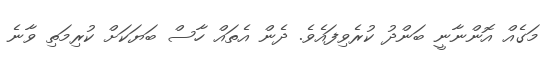
މަގެއް އޮންނާނީ ބަންދު ކުރެވިފައެވެ. ދެން އެތައް ހާސް ބަޔަކަށް ކުރިމަތި ވާނެ